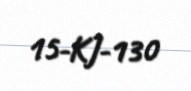
15-KJ-130